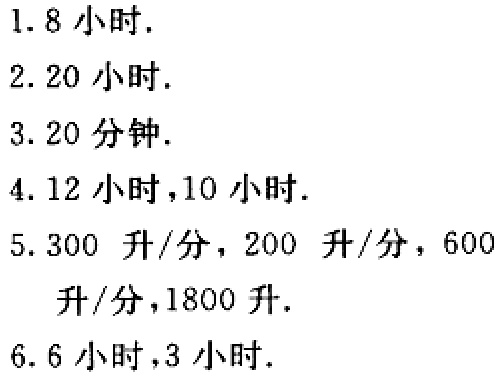
1. 8小时.

2. 20小时.

3. 20分钟.

4. 12小时,10小时.

5. 300 升/分，200 升/分，600升/分,1800升.

6. 6小时,3小时.